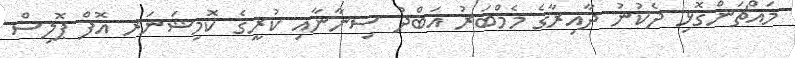
މައްޗަންގޮޅި ދެކުނު ދާއިރާގެ މެމްބަރު އަބްދު ސިނާނާއި ކުރީގެ ކޮމިޝަނަރ އޮފް ޕޮލިސް